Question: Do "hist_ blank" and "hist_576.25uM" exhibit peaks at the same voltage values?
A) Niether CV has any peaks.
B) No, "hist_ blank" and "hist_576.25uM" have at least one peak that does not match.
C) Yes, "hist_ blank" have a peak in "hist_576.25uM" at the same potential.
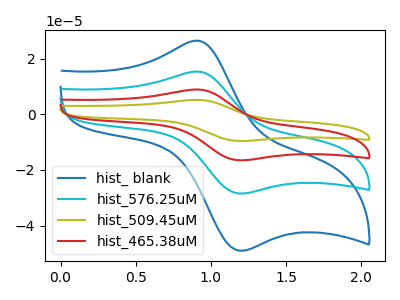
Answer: <think>The blue curve "hist_ blank" has an anodic peak at (0.90V, 26.45uA) and a cathodic peak at (1.20V, -49.00uA). The cyan curve "hist_576.25uM" has an anodic peak at (0.90V, 15.35uA) and a cathodic peak at (1.20V, -28.45uA). The olive curve "hist_509.45uM" has an anodic peak at (0.90V, 46.10uA) and a cathodic peak at (1.20V, -85.40uA). The red curve "hist_465.38uM" has an anodic peak at (0.90V, 30.70uA) and a cathodic peak at (1.20V, -56.90uA).</think>
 <answer>C) Yes, "hist_ blank" have a peak in "hist_576.25uM" at the same potential.</answer>
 <eval>C</eval>